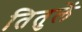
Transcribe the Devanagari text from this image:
तितुलें